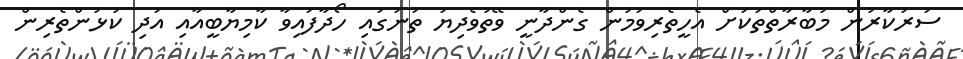
ސަރުކާރުން މުބާރާތްތަކަށް އެހީތެރިވަމުން ގެންދާނީ ވޭތުވެދިޔަ ތަނުގައި ހޯދާފައިވާ ކާމިޔާބީއާއި އަދި ކުޅުންތެރިން